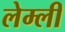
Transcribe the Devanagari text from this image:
लेम्ली